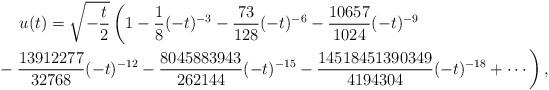
LaTeX: \begin{gather*}u(t)=\sqrt{-\frac{t}{2}} \left(1 -\frac{1}{8}(-t)^{-3} -\frac{73}{128}(-t)^{-6} -\frac{10657}{1024}(-t)^{-9}\right.\\\left.\hphantom{u(t)=}{}-\frac{13912277}{32768}(-t)^{-12} -\frac{8045883943}{262144}(-t)^{-15} -\frac{14518451390349}{4194304}(-t)^{-18}+\cdots \right),\end{gather*}